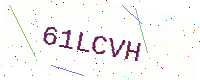
Text: 61LCVH